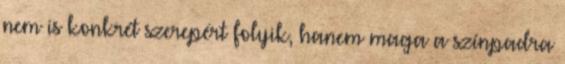
nem is konkrét szerepért folyik, hanem maga a színpadra